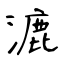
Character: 漉